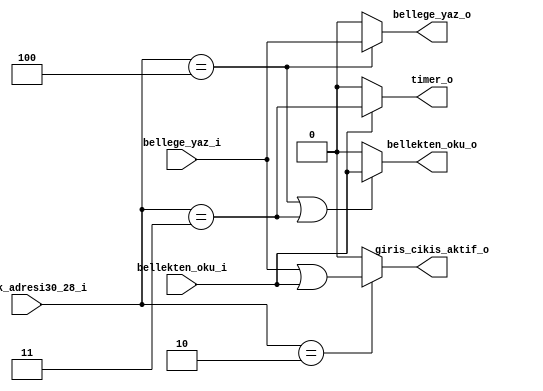
`timescale 1ns / 1ps

module adres_duzenleyici(
   input        bellege_yaz_i,
   input        bellekten_oku_i,
   input  [2:0] bellek_adresi30_28_i,
   output       bellege_yaz_o,
   output       bellekten_oku_o,
   output       giris_cikis_aktif_o,
   output       timer_o
    
);
    
   assign bellege_yaz_o       = (bellek_adresi30_28_i == 3'd4) ? bellege_yaz_i : 1'b0;
   assign giris_cikis_aktif_o = (bellek_adresi30_28_i == 3'd2) ? (bellege_yaz_i || bellekten_oku_i) : 1'b0;
   assign bellekten_oku_o     = ( (bellek_adresi30_28_i == 3'd4) || (bellek_adresi30_28_i == 3'd3) ) ? bellekten_oku_i : 1'b0;
   assign timer_o             = bellekten_oku_i ? (bellek_adresi30_28_i == 3'd3) : 1'b0;
    
endmodule